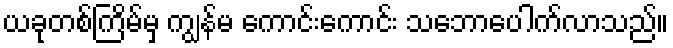
ယခုတစ်ကြိမ်မှ ကျွန်မ ကောင်းကောင်း သဘောပေါက်လာသည်။